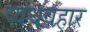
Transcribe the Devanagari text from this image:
व्यधवहार